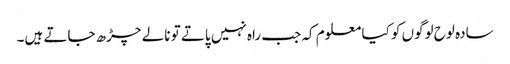
سادہ لوح لوگوں کو کیا معلوم کہ جب راہ نہیں پاتے تو نالے چڑھ جاتے ہیں۔